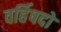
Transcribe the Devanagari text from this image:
वर्हिषदो